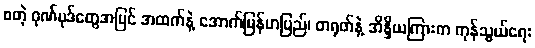
စတဲ့ ဂုဏ်ပုဒ်တွေအပြင် အထက်နဲ့ အောက်မြန်မာပြည်၊ တရုတ်နဲ့ အိန္ဒိယကြားက ကုန်သွယ်ရေး